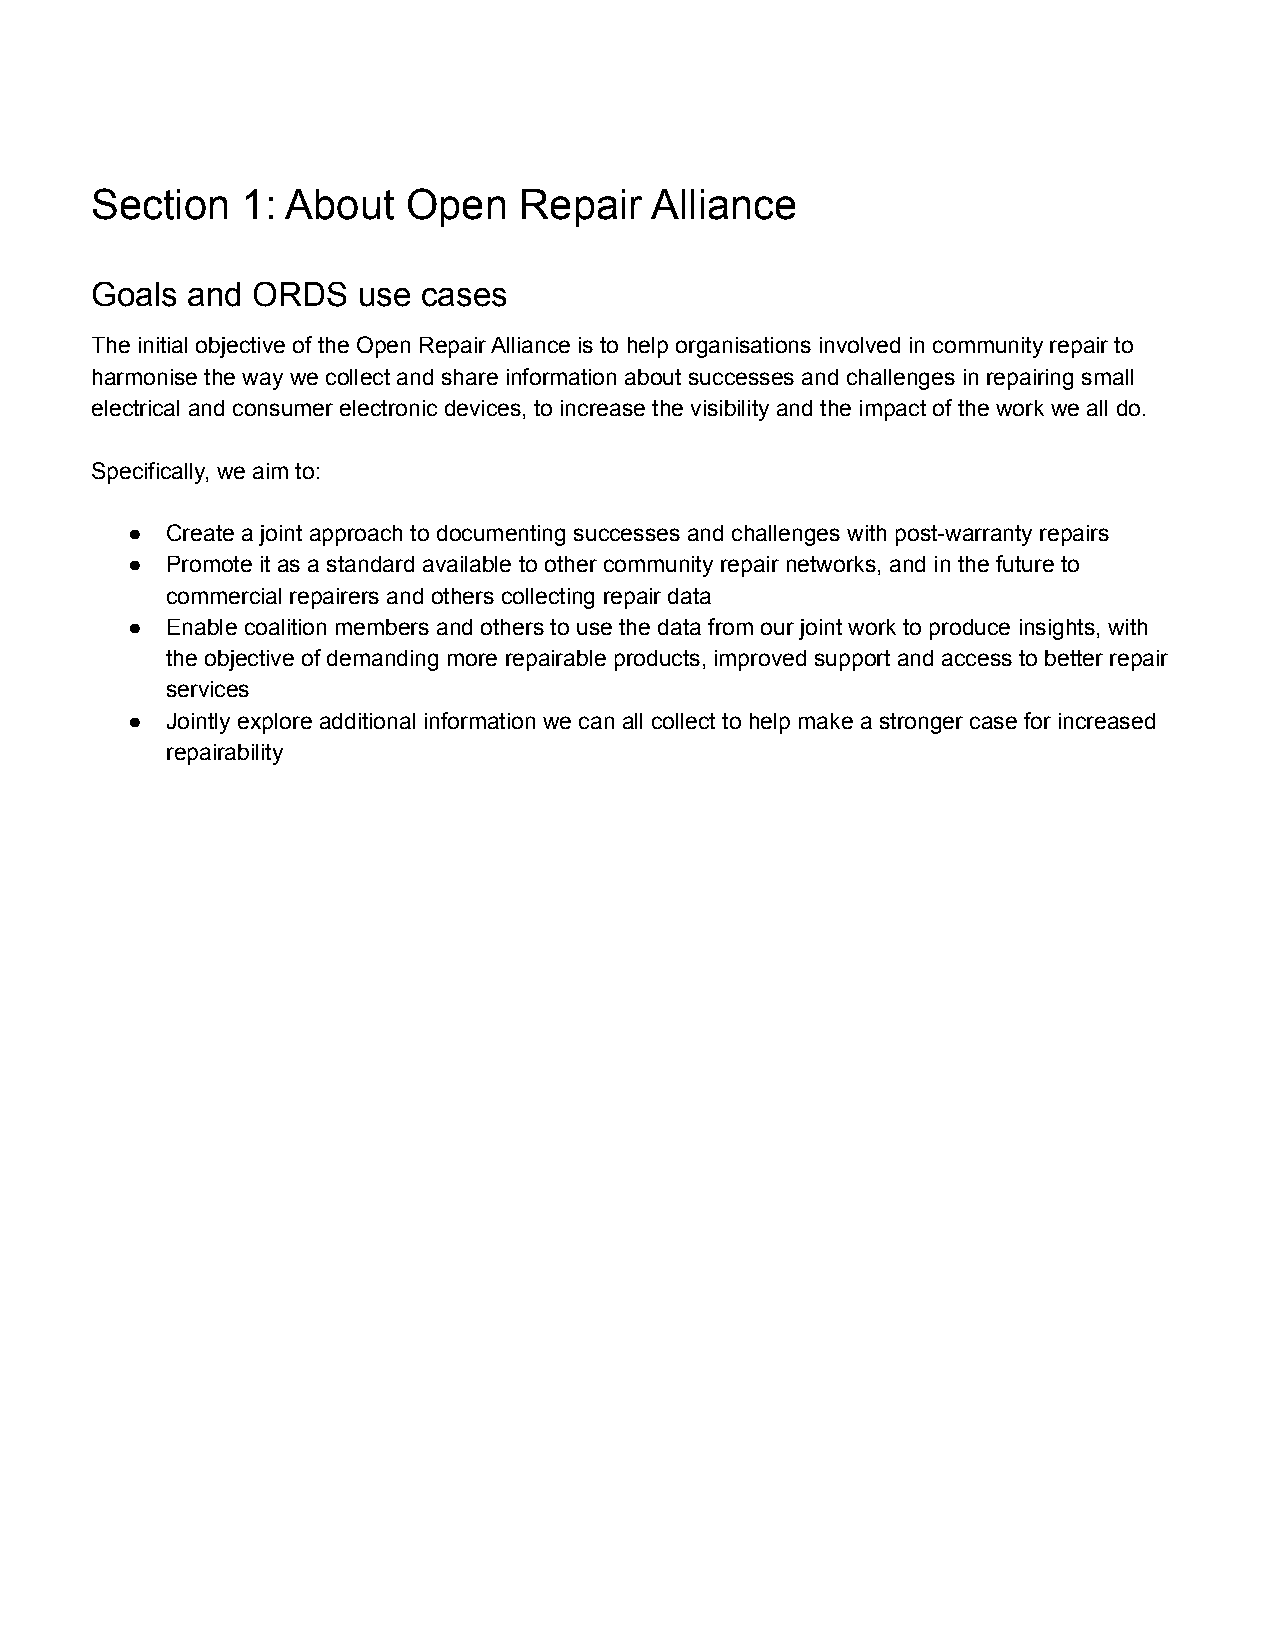
Section   1: About   Open   Repair   Alliance
 Goals and  ORDS   use cases
 The initial objective of the Open Repair Alliance is to help organisations involved in community repair to
 harmonise the way we collect and share information about successes and challenges in repairing small
 electrical and consumer electronic devices, to increase the visibility and the impact of the work we all do.
 Specifically, we aim to:
 ● Create a joint approach to documenting successes and challenges with post-warranty repairs
 ● Promote it as a standard available to other community repair networks, and in the future to
 commercial repairers and others collecting repair data
 ● Enable coalition members and others to use the data from our joint work to produce insights, with
 the objective of demanding more repairable products, improved support and access to better repair
 services
 ● Jointly explore additional information we can all collect to help make a stronger case for increased
 repairability